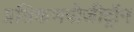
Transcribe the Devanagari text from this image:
प्रतिकणपोजीट्रॉन